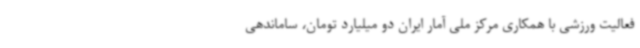
فعالیت ورزشی با همکاری مرکز ملی آمار ایران دو میلیارد تومان، ساماندهی